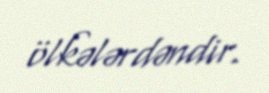
ölkələrdəndir.